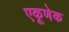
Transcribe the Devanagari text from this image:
एकूणेक